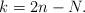
LaTeX: \begin{align*} k = 2n - N. \end{align*}